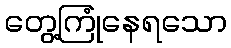
တွေ့ကြုံနေရသော